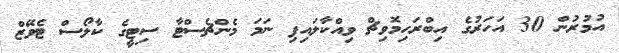
އުމުރުން 30 އަހަރުގެ އިބްރަހިމޮވިޗް ވިއްކާލައިފި ނަމަ މެންޗެސްޓާ ސިޓީގެ ކާލޯސް ޓެވޭޒް